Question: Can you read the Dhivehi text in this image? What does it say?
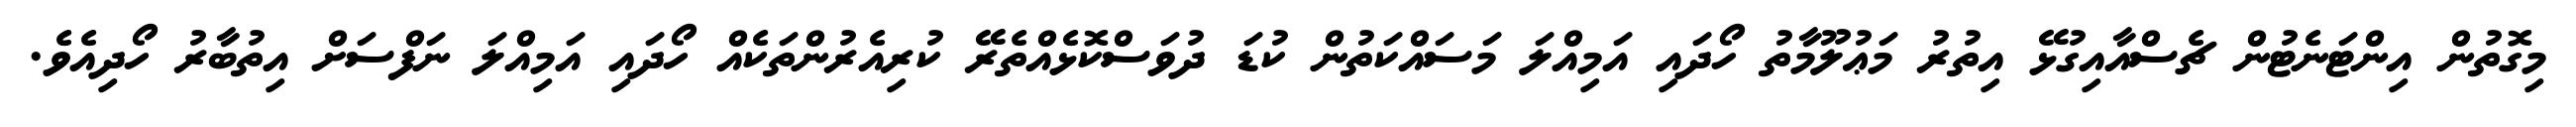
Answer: މިގޮތުން އިންޓަނެޓުން ޗެސްއާއިގުޅޭ އިތުރު މަޢުލޫމާތު ހޯދައި އަމިއްލަ މަސައްކަތުން ކުޑަ ދުވަސްކޮޅެއްތެރޭ ކުރިއެރުންތަކެއް ހޯދައި އަމިއްލަ ނަފްސަށް އިތުބާރު ހޯދިއެވެ.